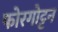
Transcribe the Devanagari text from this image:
फोरगोट्टन